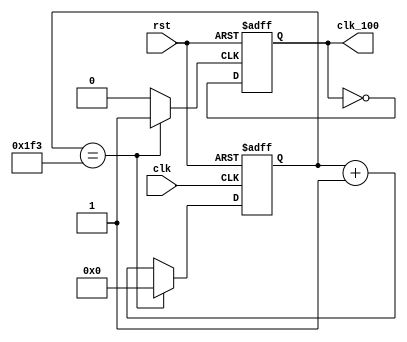

module lab9_3_qclk(
clk_100,
clk,
rst
);
output clk_100; 
input clk; 
input rst;


reg [26:0] cnt_tmp,cnt;
reg clk_tmp3,s_cnt,s_cnt_tmp; 



always @*
if(cnt == 499) cnt_tmp = 0;
else cnt_tmp = cnt + 27'd1;

always @*
if(cnt == 499) 
clk_tmp3 = 1;
else 
clk_tmp3= 0;

always @*
s_cnt_tmp = ~s_cnt ;
assign clk_100 = s_cnt;

always @(posedge clk_tmp3 or posedge rst)
if (rst) s_cnt <= 0;
else s_cnt <= s_cnt_tmp;

always @(posedge clk or posedge rst)
if (rst) cnt <= 27'b0;
else cnt <= cnt_tmp;


endmodule